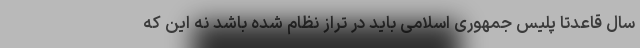
سال قاعدتا پلیس جمهوری اسلامی باید در تراز نظام شده باشد نه این که